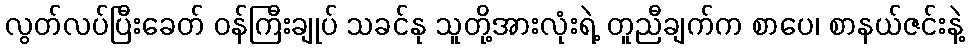
လွတ်လပ်ပြီးခေတ် ဝန်ကြီးချုပ် သခင်နု သူတို့အားလုံးရဲ့ တူညီချက်က စာပေ၊ စာနယ်ဇင်းနဲ့